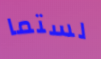
لستما